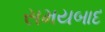
સમયબાદ